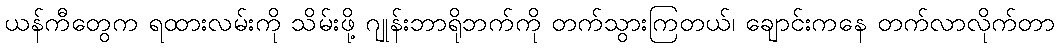
ယန်ကီတွေက ရထားလမ်းကို သိမ်းဖို့ ဂျုန်းဘာရိုဘက်ကို တက်သွားကြတယ်၊ ချောင်းကနေ တက်လာလိုက်တာ